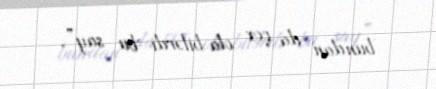
bundan da çox ola bilərdi bu say”.